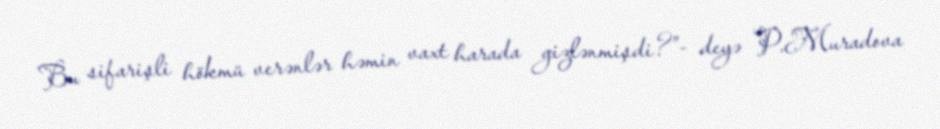
Bu sifarişli hökmü verənlər həmin vaxt harada gizlənmişdi?”- deyə P.Muradova